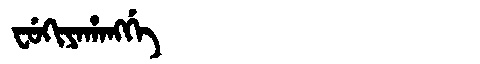
Manchu: ᠸᡠᡴᡳᠶᠠᡥᠠᠩᡤᡝ
Romanization: FUKIYAHANGGE